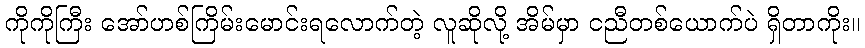
ကိုကိုကြီး အော်ဟစ်ကြိမ်းမောင်းရလောက်တဲ့ လူဆိုလို့ အိမ်မှာ ငညီတစ်ယောက်ပဲ ရှိတာကိုး။